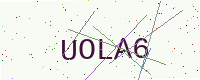
Text: UOLA6